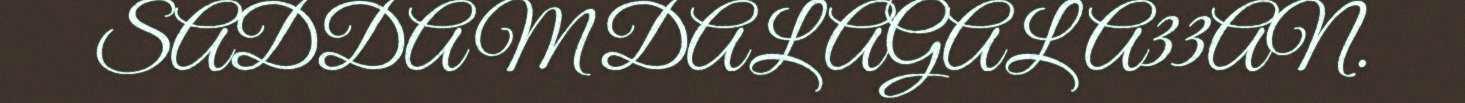
SADDAM DAL AGALA33AN.